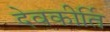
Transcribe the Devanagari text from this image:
देवकीर्ति